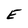
Character: E